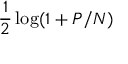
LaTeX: { \frac { 1 } { 2 } } \log ( 1 + P / N )